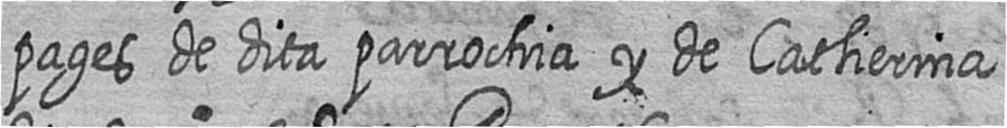
pages de dita parrochia y de Catherina